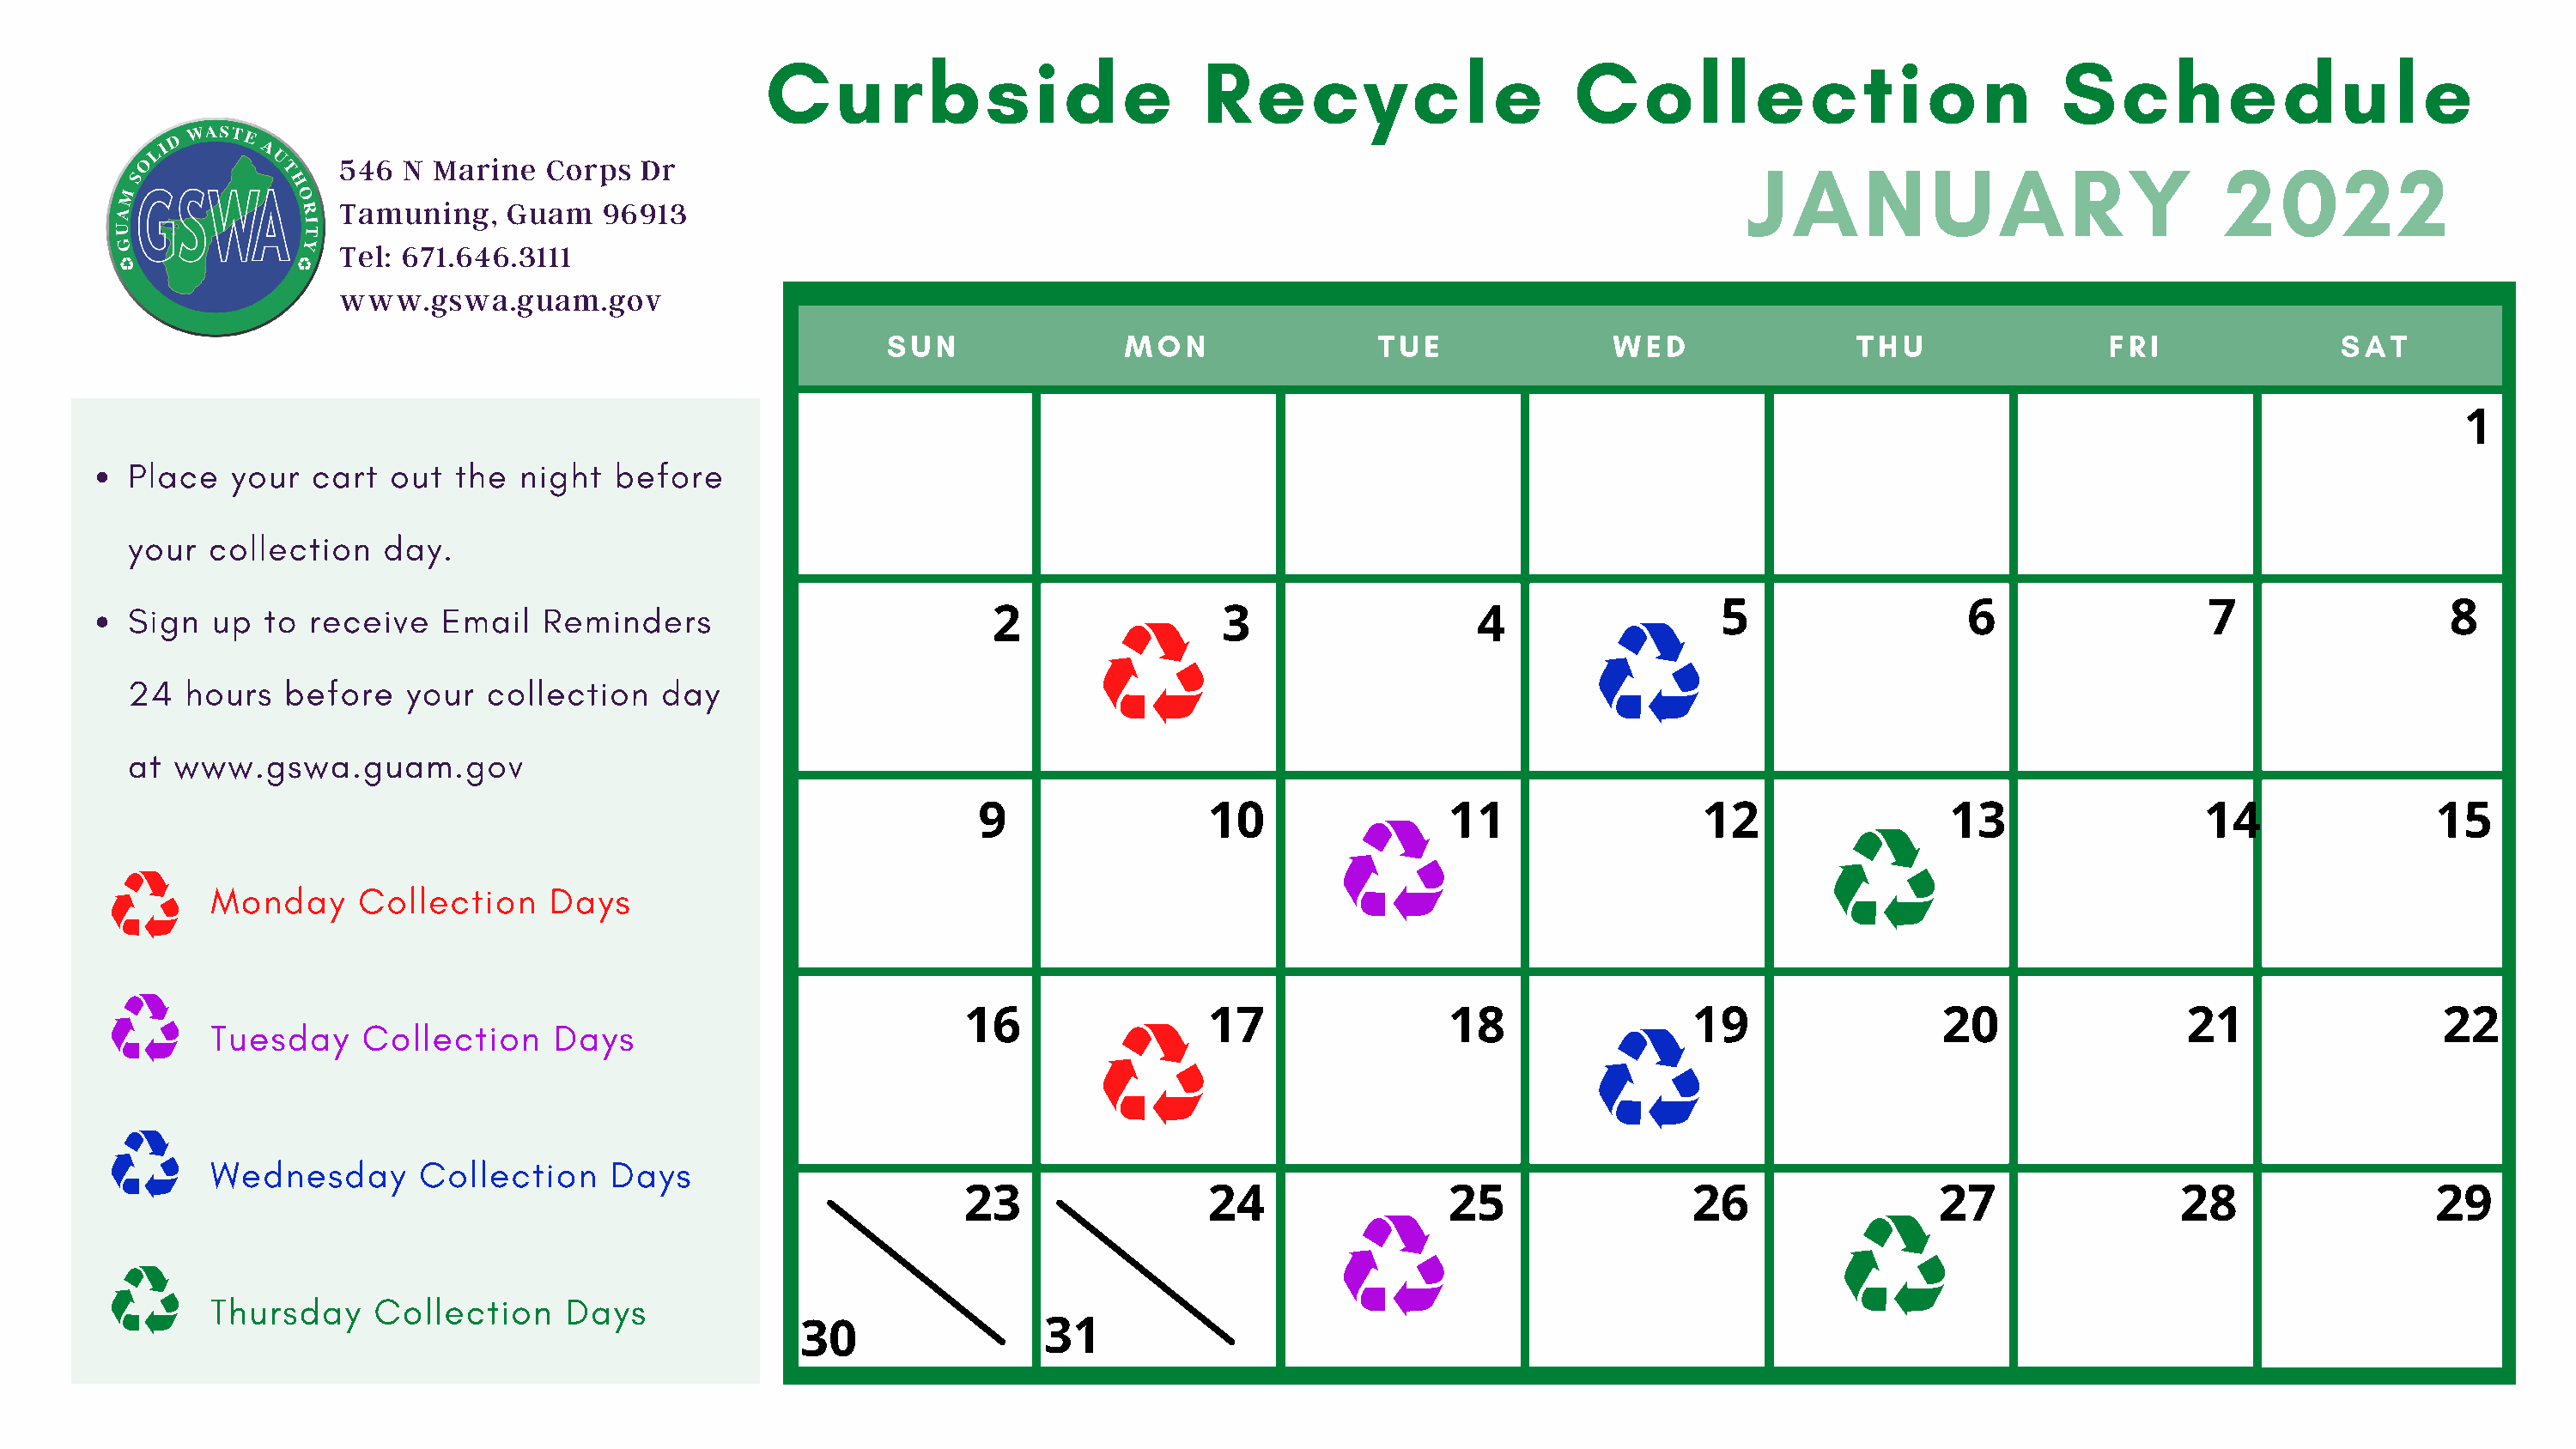
Curbside                          Recycle                     Collection                            Schedule
 JANUARY                              2022
 546  N Marine   Corps  Dr
 Tamuning,    Guam   96913
 Tel: 671.646.3111
 www.gswa.guam.gov
 SUN                MON                TUE               WED                THU                 FRI              SAT
 1
 Place   your  cart  out  the  night  before
 your  collection    day.
 Sign  up  to  receive   Email   Reminders                                                                                  5                  6                 7                  8
 2                3                   4
 24  hours   before   your   collection   day
 at www.gswa.guam.gov
 9                 10                 11                 12                 13                  14                15
 Monday      Collection    Days
 16                 17                 18                19                  20                 21                 22
 Tuesday     Collection     Days
 Wednesday       Collection     Days
 23                 24                 25                26                 27                 28                  29
 Thursday     Collection     Days
 30                31